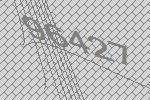
96427